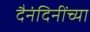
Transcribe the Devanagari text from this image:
दैनंदिनींच्या